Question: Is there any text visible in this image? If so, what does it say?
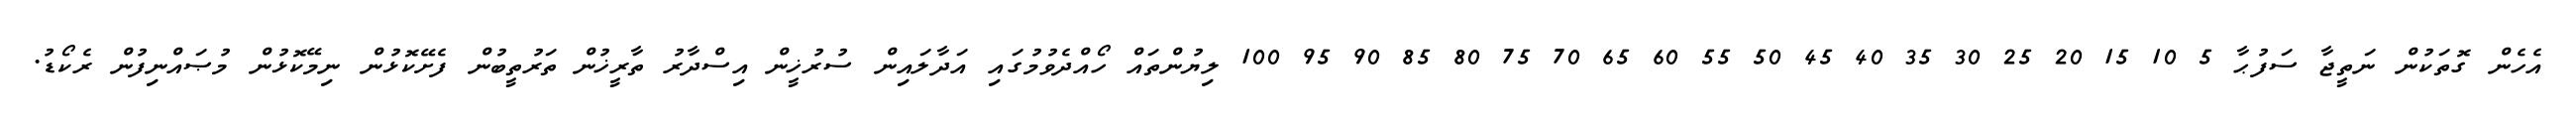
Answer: އެހެން ގޮތަކުން ނަތީޖާ ސަފުޙާ 5 10 15 20 25 30 35 40 45 50 55 60 65 70 75 80 85 90 95 100 ލިޔުންތައް ހޯއްދެވުމުގައި އަދާލައިން ސުރުޚީން އިސްދާރު ތާރީޚުން ތަރުތީބުން ފެށޭކޮޅުން ނިމޭކޮޅުން މުޞައްނިފުން ރެކޯޑު.